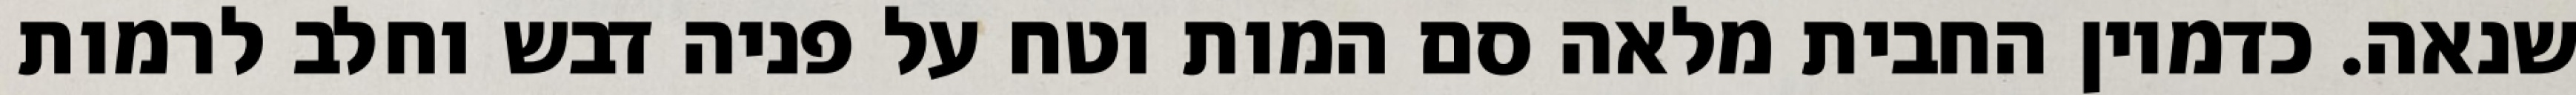
שנאה. כדמיון החבית מלאה סם המות וטח על פניה דבש וחלב לרמות